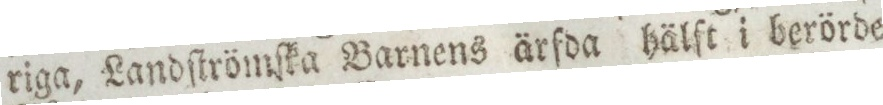
riga, Landſtrömſka Barnens ärfda hälſt i berörde